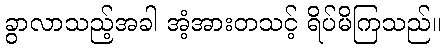
ခွာလာသည့်အခါ အံ့အားတသင့် ရိပ်မိကြသည်။